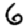
Digit: 6